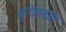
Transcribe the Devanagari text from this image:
बुन्देलबाग़